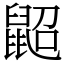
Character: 鼦